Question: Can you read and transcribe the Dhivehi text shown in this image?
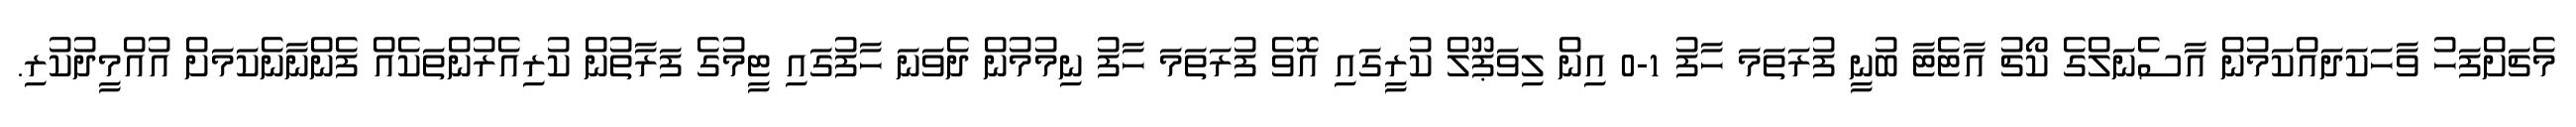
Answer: މެޗަށްފަހު ވާހަކަދައްކަމުން އާސެނަލްގެ ކޯޗު އާޓެޓާ ބުނީ ފުރަތަމަ ހާފު 1-0 އިން ލިވަޕޫލް ކުރީގައި އޮވެ ފުރަތަމަ ހާފު ނިމުމުން ދެވަނަ ހާފުގައި ޓީމުގެ ފަރާތުން ކުރިއެރުންތަކެއް ފެންނާނެކަމަށް އުއްމީދުކުރި.